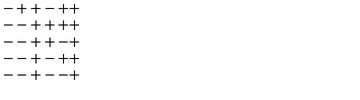
\begin{array} { c } { - + + - + + } \\ { -- + + + + } \\ { -- + + - + } \\ { -- + - + + } \\ { -- + -- + } \\ \end{array}